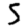
Digit: 5